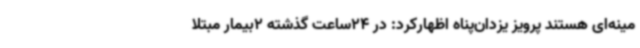
مینه‌ای هستند پرویز یزدان‌پناه اظهارکرد: در 24ساعت گذشته 2بیمار مبتلا